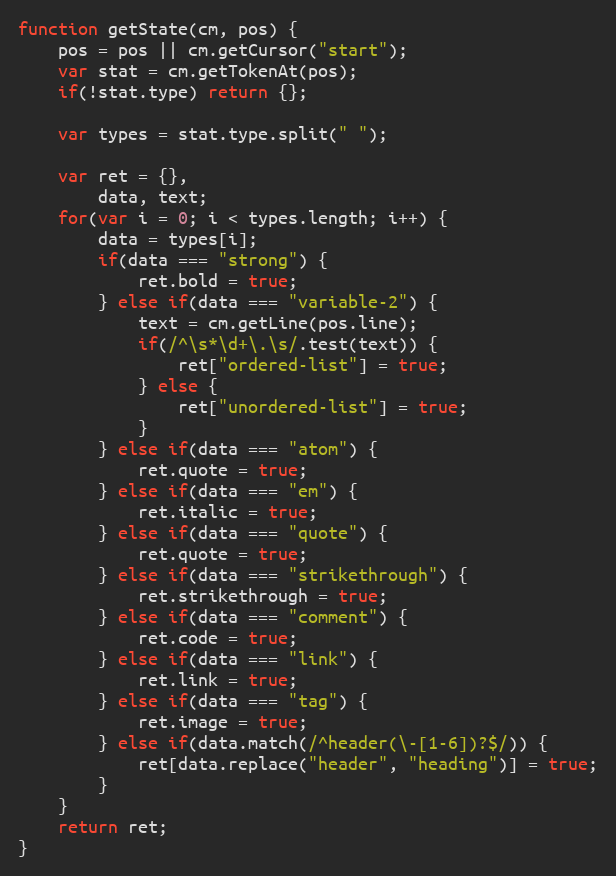
Language: JavaScript
function getState(cm, pos) {
	pos = pos || cm.getCursor("start");
	var stat = cm.getTokenAt(pos);
	if(!stat.type) return {};

	var types = stat.type.split(" ");

	var ret = {},
		data, text;
	for(var i = 0; i < types.length; i++) {
		data = types[i];
		if(data === "strong") {
			ret.bold = true;
		} else if(data === "variable-2") {
			text = cm.getLine(pos.line);
			if(/^\s*\d+\.\s/.test(text)) {
				ret["ordered-list"] = true;
			} else {
				ret["unordered-list"] = true;
			}
		} else if(data === "atom") {
			ret.quote = true;
		} else if(data === "em") {
			ret.italic = true;
		} else if(data === "quote") {
			ret.quote = true;
		} else if(data === "strikethrough") {
			ret.strikethrough = true;
		} else if(data === "comment") {
			ret.code = true;
		} else if(data === "link") {
			ret.link = true;
		} else if(data === "tag") {
			ret.image = true;
		} else if(data.match(/^header(\-[1-6])?$/)) {
			ret[data.replace("header", "heading")] = true;
		}
	}
	return ret;
}